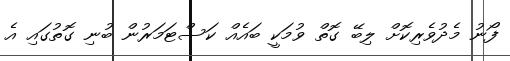
ފޯނު މެދުވެރިކޮށް ލިބޭ ގޮތް ވުމަކީ ބައެއް ކަސްޓަމަރުން ބުނި ގޮތުގައި އެ